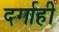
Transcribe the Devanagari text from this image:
दर्गाही